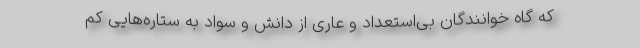
که گاه خوانندگان بی‌استعداد و عاری از دانش و سواد به ستاره‌هایی کم